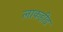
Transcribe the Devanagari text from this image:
लाकहीड